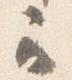
云